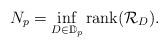
LaTeX: \begin{align*}N_p = \inf_{D\in \mathbb D_p}\hbox{rank} (\mathcal R_D).\end{align*}